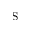
\mathrm { S }